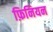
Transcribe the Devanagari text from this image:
फ़िनियन